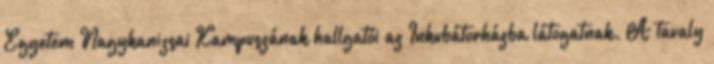
Egyetem Nagykanizsai Kampuszának hallgatói az Inkubátorházba látogatnak. A tavaly